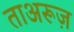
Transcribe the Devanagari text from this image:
ताअरूज़